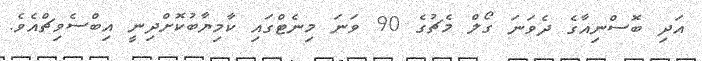
އަދި ބޮސްނިއާގެ ދެވަނަ ގޯލް މެޗުގެ 90 ވަނަ މިނެޓްގައި ކާމިޔާބުކޮށްދިނީ އިބްސެވިޗްއެވެ.